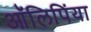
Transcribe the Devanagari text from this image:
आॅलिपिंया